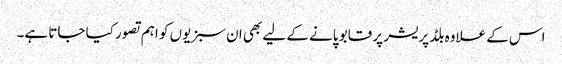
اس کے علاوہ بلڈ پریشر پر قابو پانے کے لیے بھی ان سبزیوں کو اہم تصور کیا جاتا ہے۔